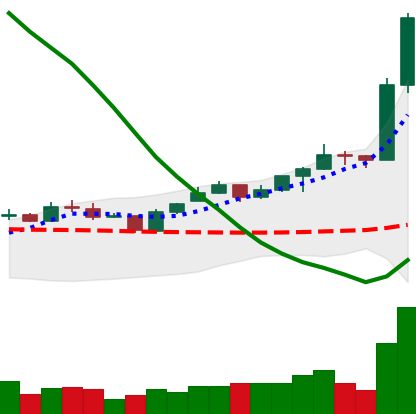
Ticker: ETC-USD
Chart end date: 2020-01-15
Forward return: 8.747%
Label: up_7plus